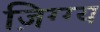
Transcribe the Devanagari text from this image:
ज़िग्ग्य